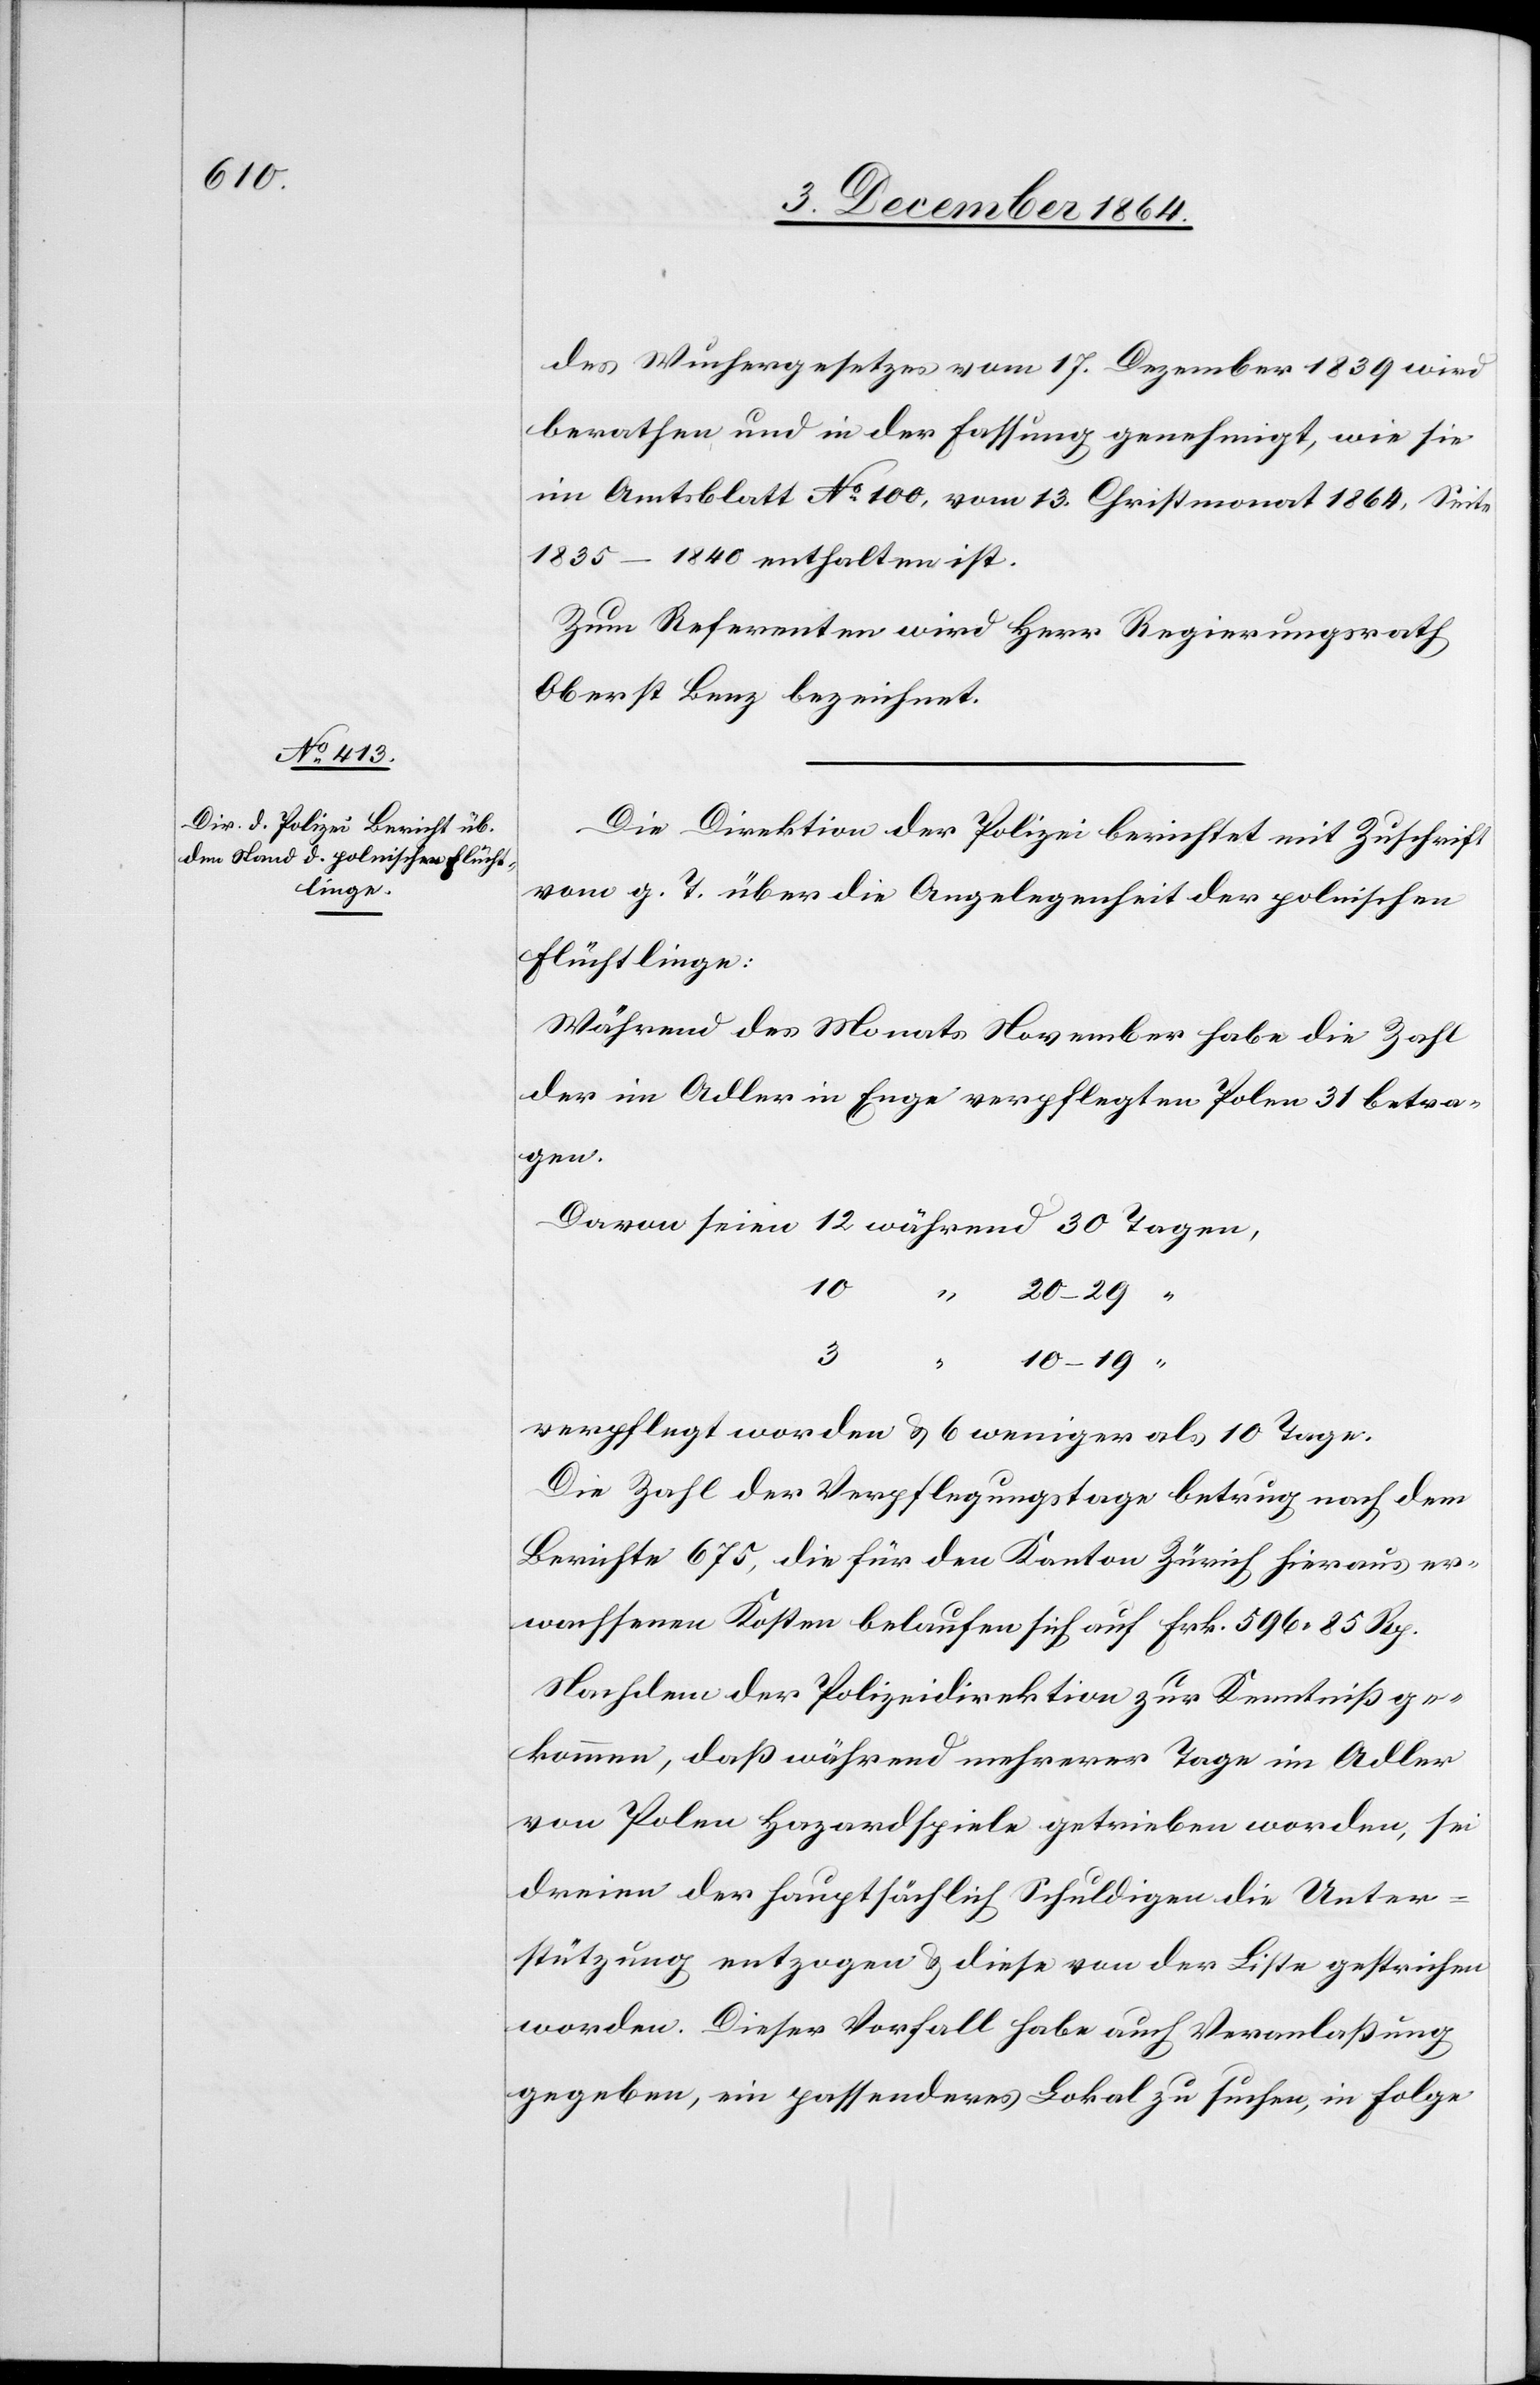
des Wuchergesetzes vom 17. Dezember 1839 wird
berathen und in der Fassung genehmigt, wie sie
im Amtsblatt No 100, vom 13. Christmonat 1864, Seite
1835–1840 enthalten ist.
Zum Referenten wird Herr Regierungsrath
Oberst Benz bezeichnet.
Die Direktion der Polizei berichtet mit Zuschrift
vom g. T. über die Angelegenheit der polnischen
Flüchtlinge:
Während des Monats November habe die Zahl
der im Adler in Enge verpflegten Polen 31 betra¬
gen,
10
20–29
“
3
“
10–19
verpflegt worden & 6 weniger als 10 Tage.
Die Zahl der Verpflegungstage betrug nach dem
Berichte 675, die für den Kanton Zürich hieraus er¬
wachsenen Kosten belaufen sich auf Frk. 596.85 Rp.
Nachdem der Polizeidirektion zur Kenntniß ge¬
kommen, daß während mehrerer Tage im Adler
von Polen Hazardspiele getrieben worden, sei
dreien der hauptsächlich Schuldigen die Unter¬
stützung entzogen & diese von der Liste gestrichen
worden. Dieser Vorfall habe auch Veranlaßung
gegeben, ein passenderes Lokal zu suchen, in Folge